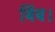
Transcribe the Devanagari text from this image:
बिंब।